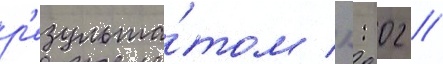
р'езульта́том 1: 02 //